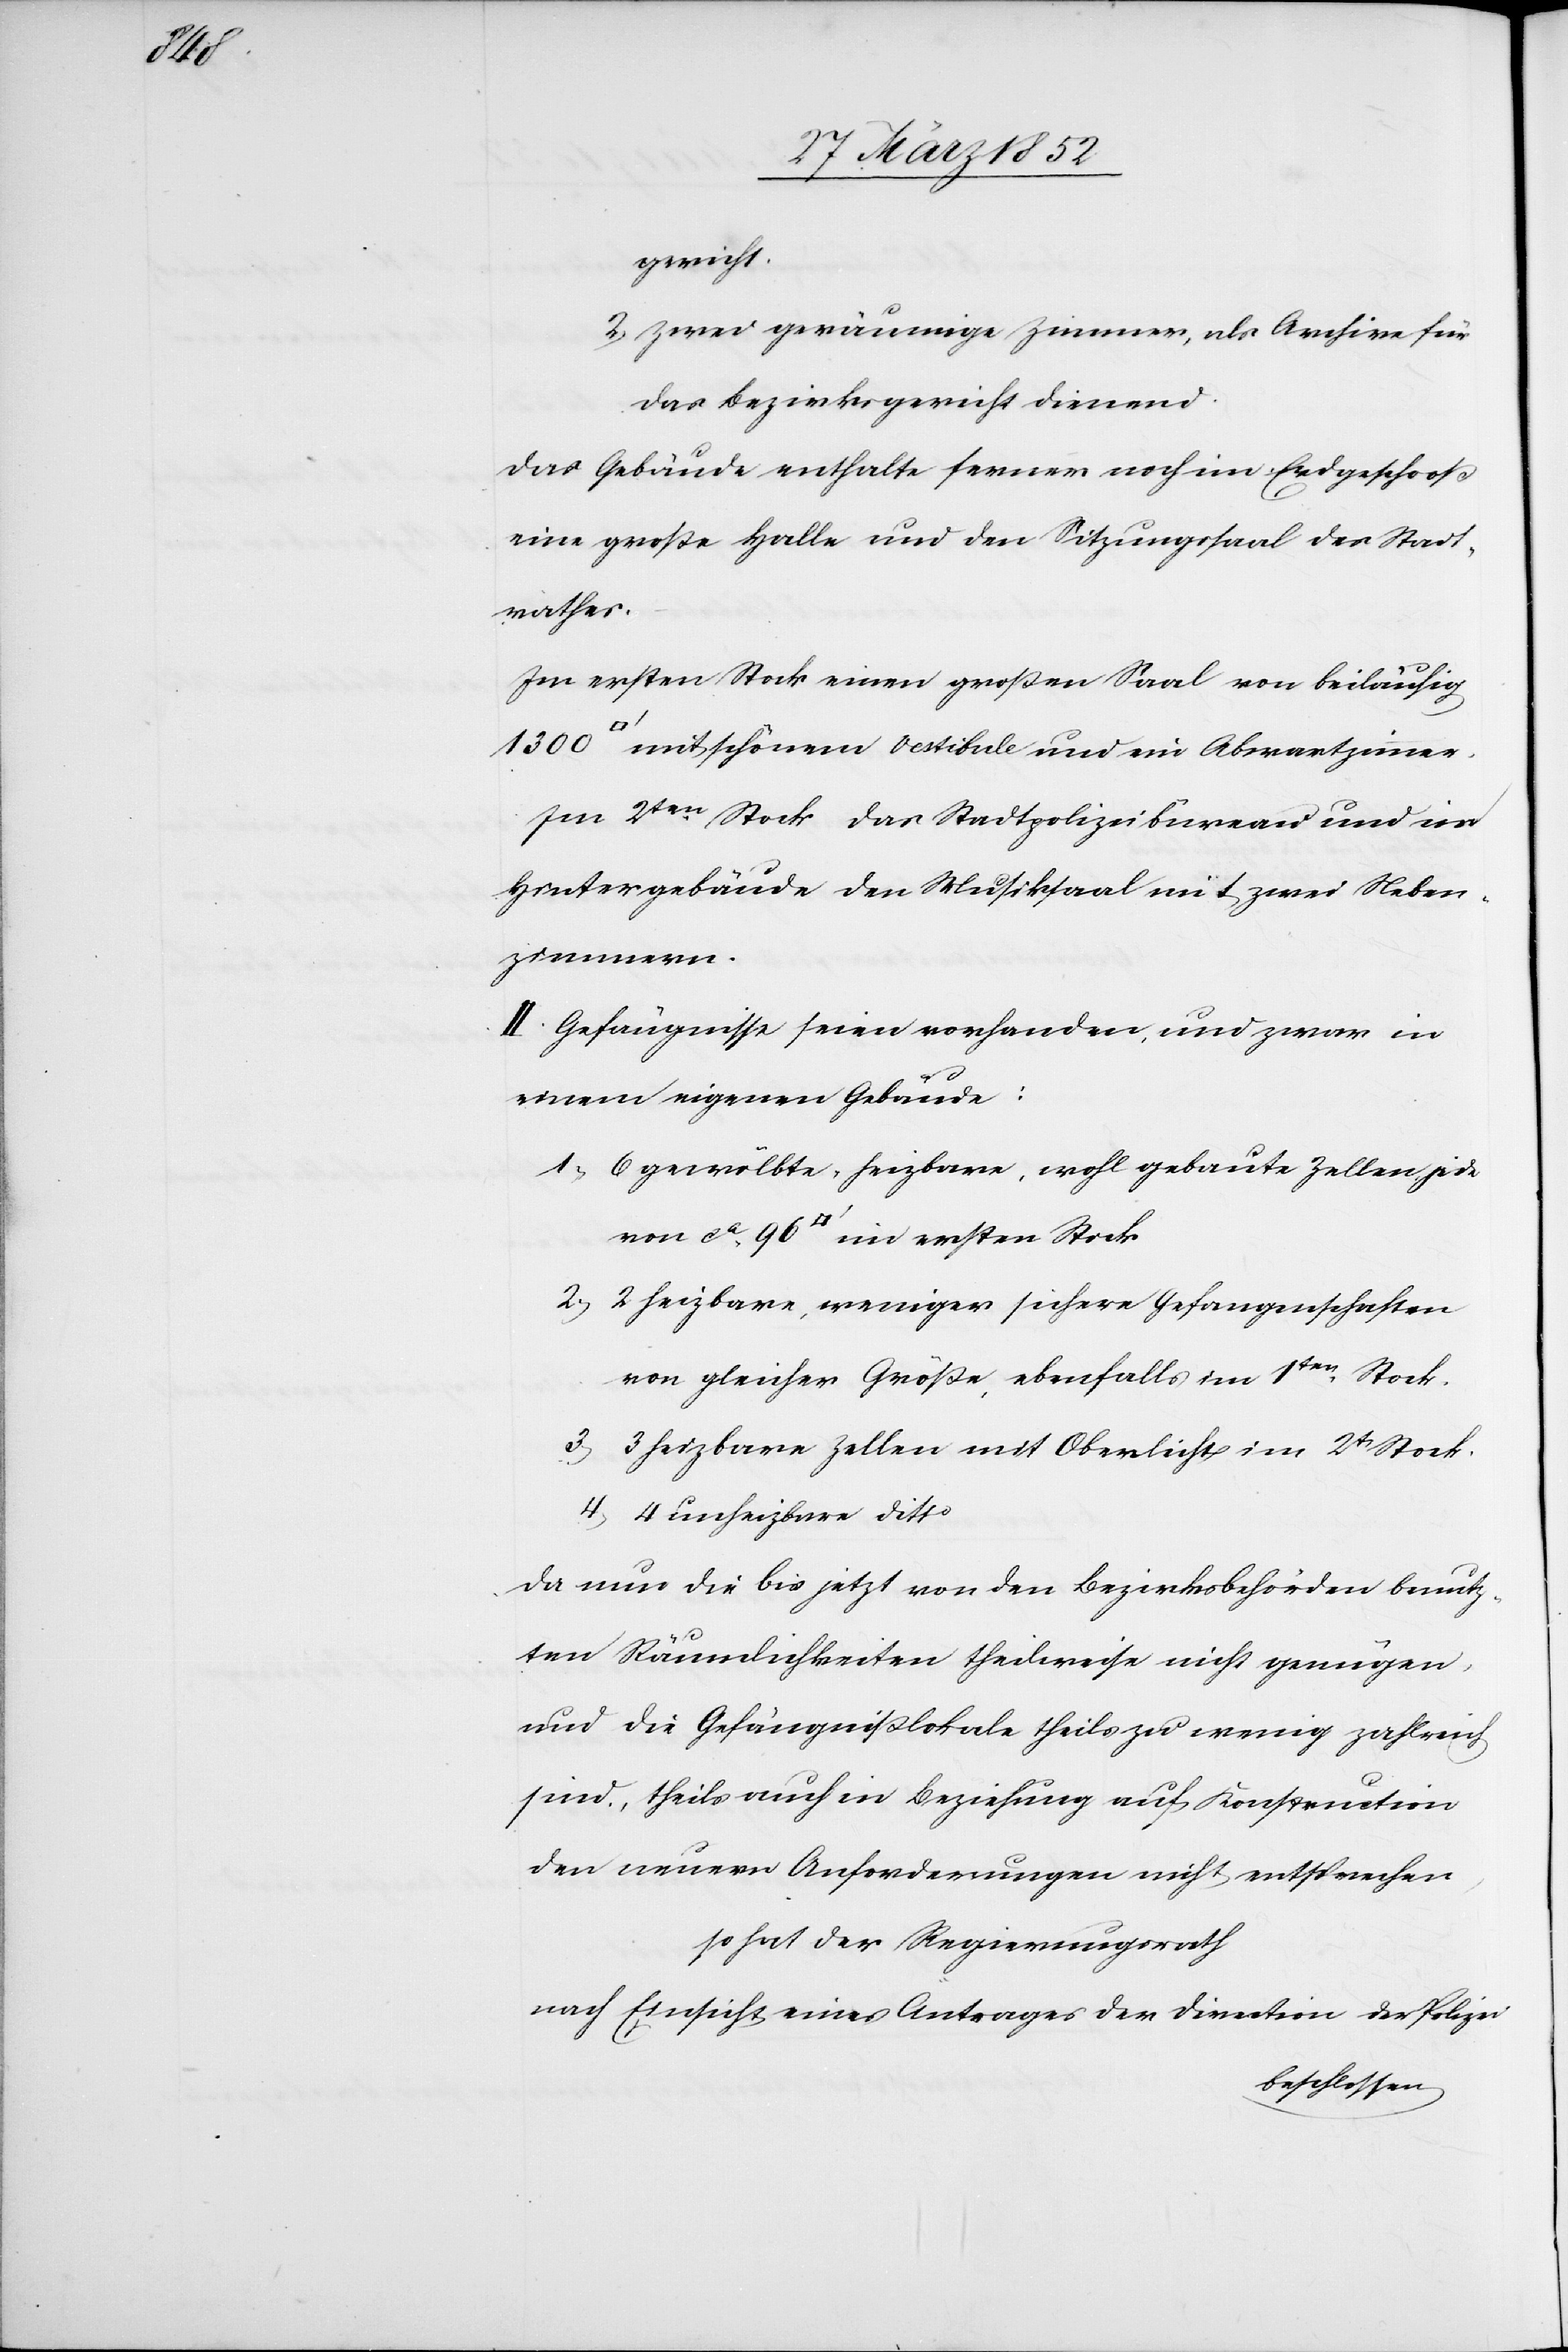
von

gericht.
2) Zwei geräumige Zimmer, als Archive für
das Bezirksgericht dienend.
Das Gebäude enthalte ferner noch im Erdgeschoß
eine große Halle und den Sitzungssaal des Stadt¬
rathes.
Im ersten Stock einen großen Saal von beiläufig
1300
mit schönem Vestibule und ein Abwartzimmer.
Im 2ten Stock das Stadtpolizeibureau und im
Hintergebäude den Musiksaal mit zwei Neben¬
zimmern.
II. Gefängnisse seien vorhanden, und zwar in
einem eigenen Gebäude:
1) 6 gewölbte, heizbare, wohl gebaute Zellen, jede
2) 2 heizbare, weniger sichere Gefangenschaften
von gleicher Größe, ebenfalls im 1ten Stock.
3) 3 heizbare Zellen mit Oberlicht im 2t Stock.
4) 4 unheizbare ditto
Da nur die bis jetzt von den Bezirksbehörden benutz¬
ten Räumlichkeiten theilweise nicht genügen
und die Gefängnißlokale theils zu wenig zahlreich
sind, theils auch in Beziehung auf Konstruction
der neuern Anforderungen nicht entsprechen,
so hat der Regierungsrath
nach Einsicht eines Antrages der Direction der Polizei